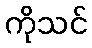
ကိုသင်